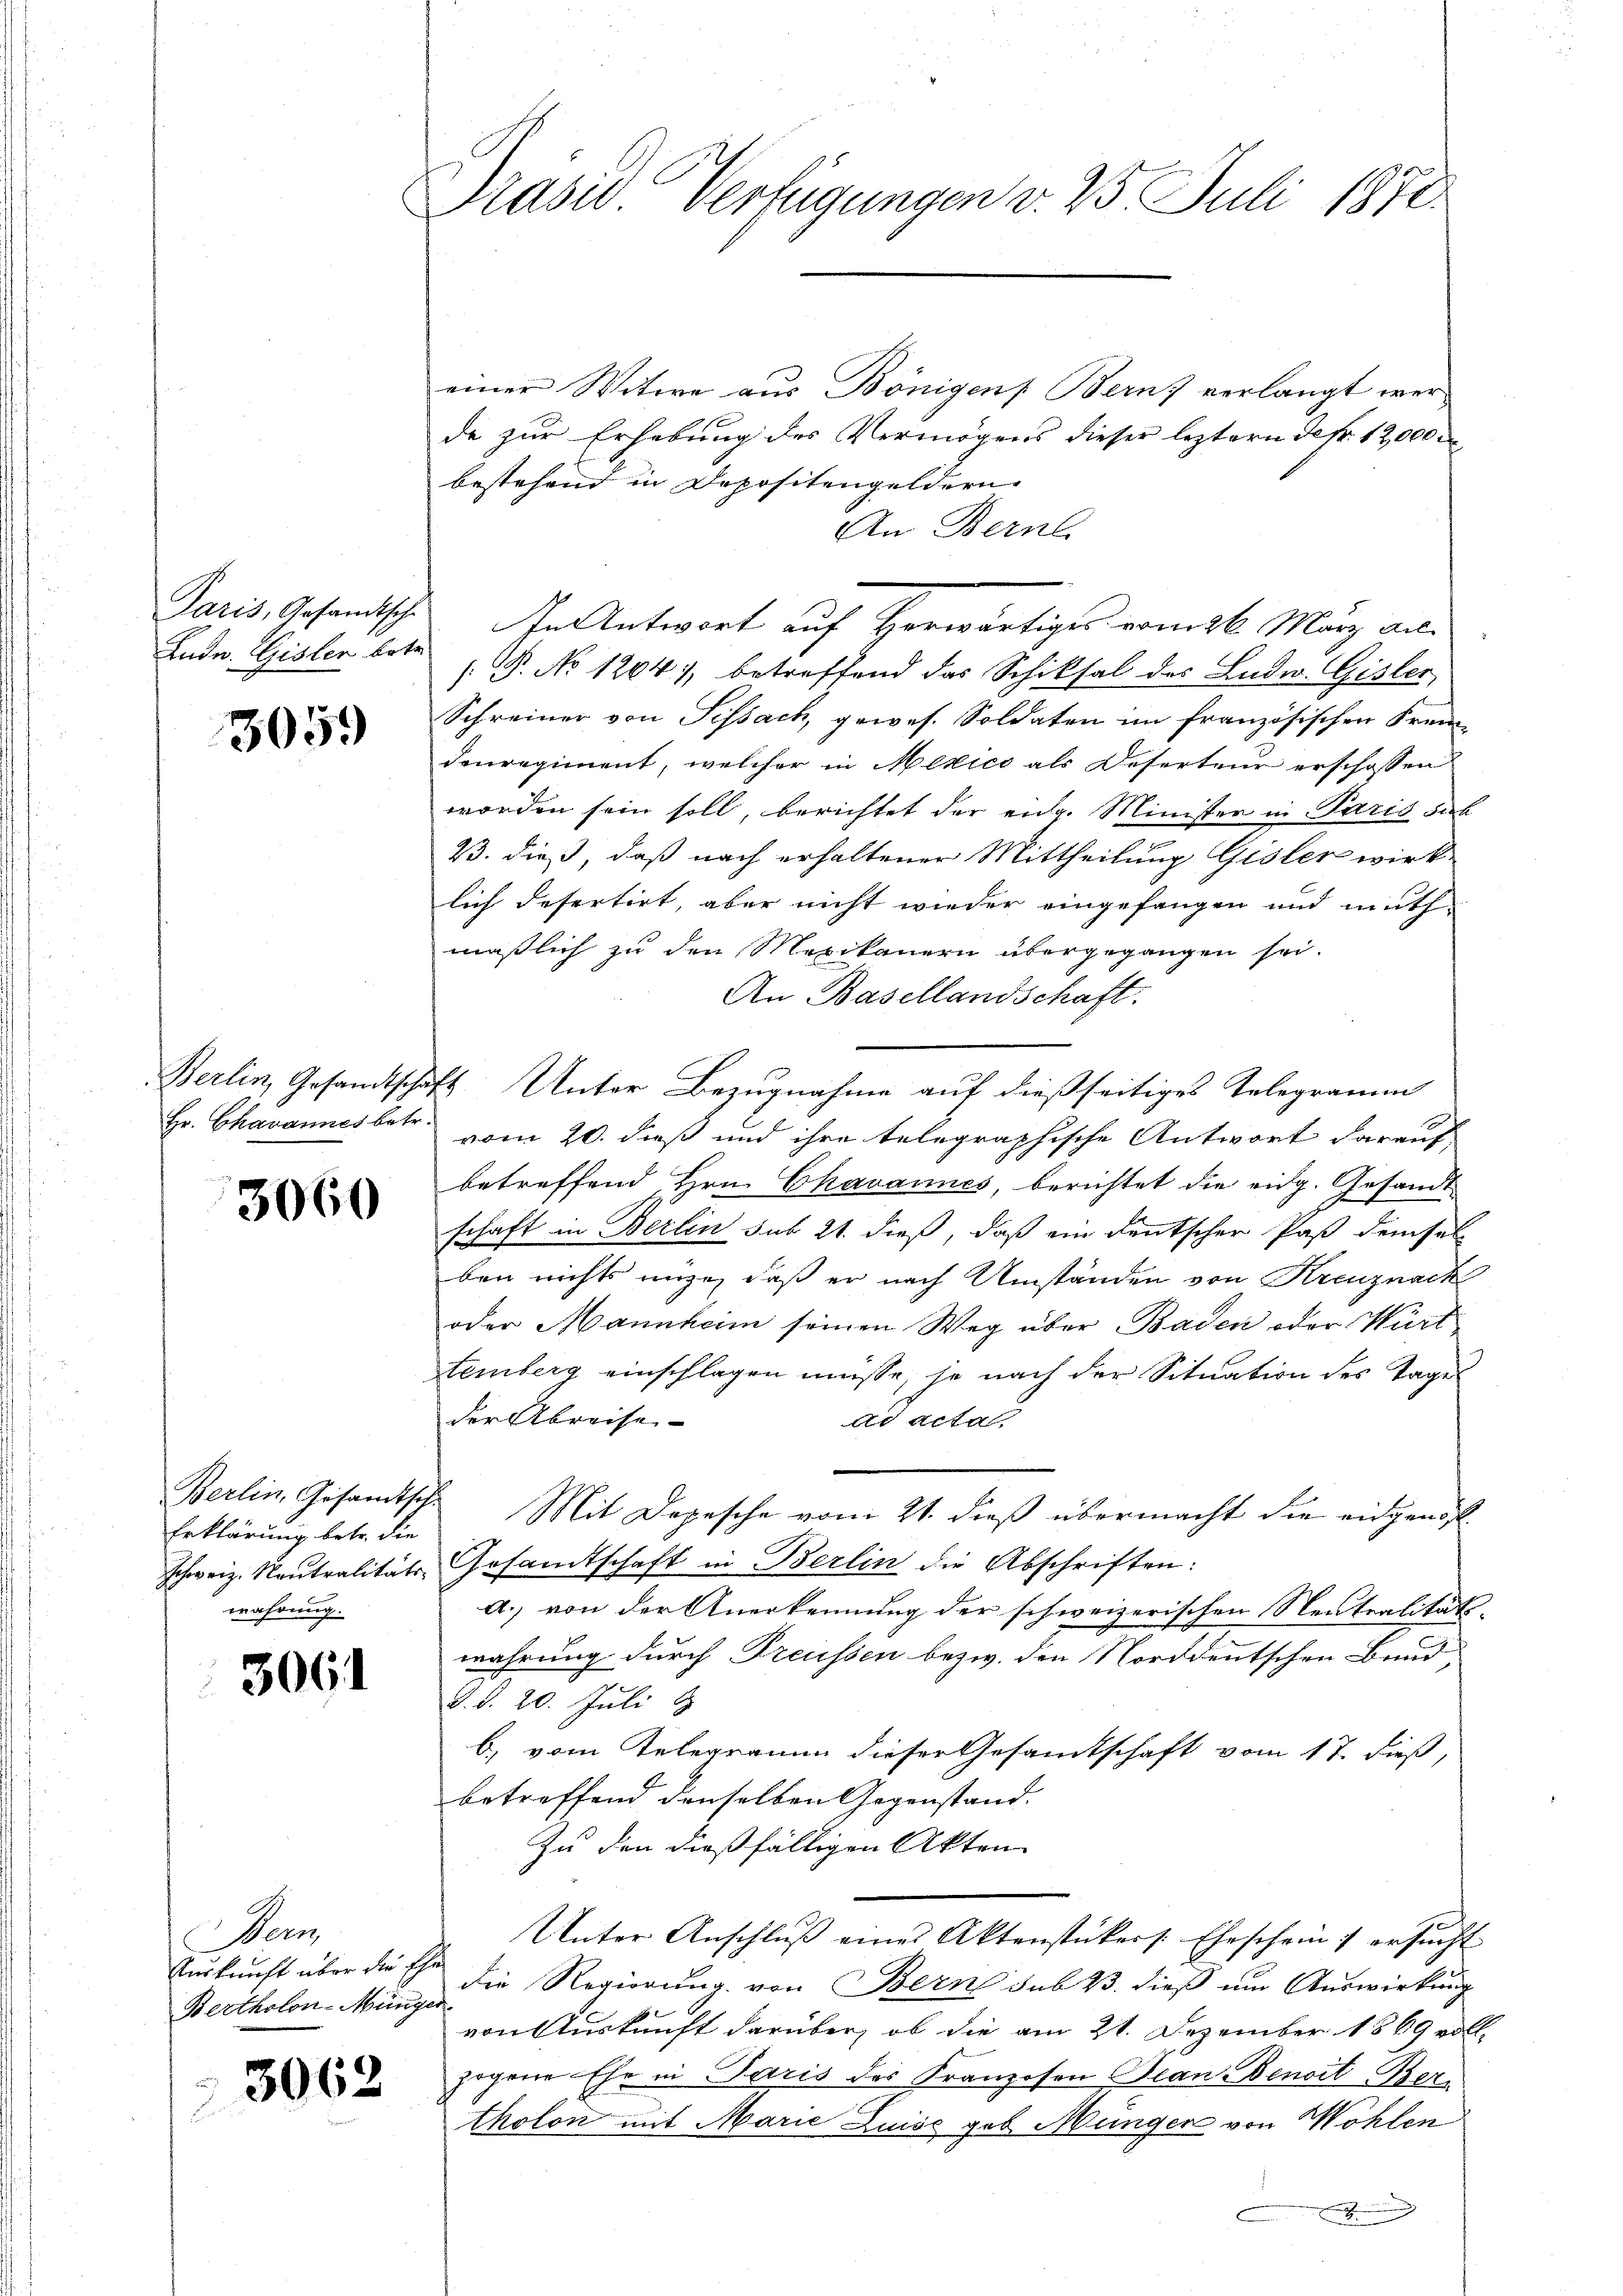
Ludn. Gisler betr.

3059

Hr. Chavannes betr.

3060

Erklärung betr. die
wahrung.

306

Dem
Bertholon-Münger

3062

rasw. Verfügungen v. 25 Juli 1872.

einer Witwe aus Bönigens Bern, verlangt werde zur Erhebung des Vermögens dieser leztern defr. 12,000 d
bestehend in Depositengeldern
An Bern.
Paris, Gesandtsch. In Antwort auf Herwärtiges vom 26. März an.
: P. No 1204. betreffend das Schiksal des Ludw. Gisler
Schreiner von Sissach, gewes. Soldaten im französischen Frei
denregiment, welcher in Mexico als Deserteur erschossen
worden sein soll, berichtet der eidg. Minister in Paris dab
13. dieß, daß nach erhaltener Mittheilung Gisler wirk-
lich defertirt, aber nicht wieder eingefangen und muth
maßlich zu den Mexikanern übergegangen sei.
An Basellandschaft.
Berlin, Gesandtschaft Unter Bezugnahme auf dießseitiges Telegramm
vom 20. dieß und ihre telegraphische Antwort darauf
betreffend Hrn. Chavannes, berichtet die eidg. Gesandt
schaft in Berlin sub 21. dieß, daß ein deutscher Paß demsel-
ben nichts nüze, daß er nach Umständen von Kreuznach
oder Mannheim seinen Weg über Baden oder Würt
temberg einschlagen müsse, je nach der Situation des Tage
der Abreise
dd acta
Berlin, Gesamtsche Mit Depesche vom 21. dieß übermacht die eidgenös
schweiz. Neutralitäts- Gesamtschaft in Berlin die Abschriften:
a.) von der Anerkennung der schweizerischen Neutralitäts-
wahrung durch Preussen bezw. den Norddeutschen Bund
d. d. 20. Juli 1
b) vom Telegramm dieser Gesamtschaft vom 17. dieß,
betreffend denselben Gegenstand. |
Zu den dießfälligen Akten
Unter Anschluß eines Aktenstückers. Eheschein) ersucht
Auskunft über die Ehe die Regierung von Bern sub 23. dieß um Auswirkung
von Auskunft darüber, ob die am 21. Dezember 1869 voll
zogene Ehe in Paris des Franzosen Bean-Benoit Bers
tholon mit Marie Luise geb. Münger von Wohlen